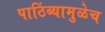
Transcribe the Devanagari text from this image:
पाठिंब्यामुळेच